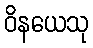
ဝိနယေသု